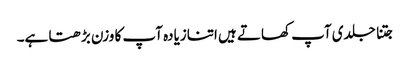
جتنا جلدی آپ کھاتے ہیں اتنازیادہ آپ کا وزن بڑھتا ہے۔